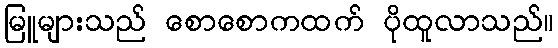
မြူများသည် စောစောကထက် ပိုထူလာသည်။